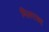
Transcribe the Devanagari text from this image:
मिलरक्द